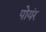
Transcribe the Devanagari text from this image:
पोयंर